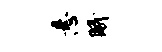
悬眠